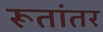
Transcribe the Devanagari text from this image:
रूतांतर